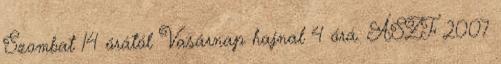
Szombat 14 órától Vasárnap hajnal 4 órá. ÁSZF 2007